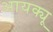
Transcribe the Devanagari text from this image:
आयक्यू